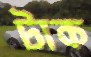
টাক